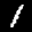
Label: 1